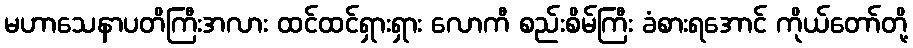
မဟာသေနာပတိကြီးအလား ထင်ထင်ရှားရှား လောကီ စည်းစိမ်ကြီး ခံစားရအောင် ကိုယ်တော်တို့